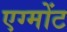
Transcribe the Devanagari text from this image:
एग्मोंट